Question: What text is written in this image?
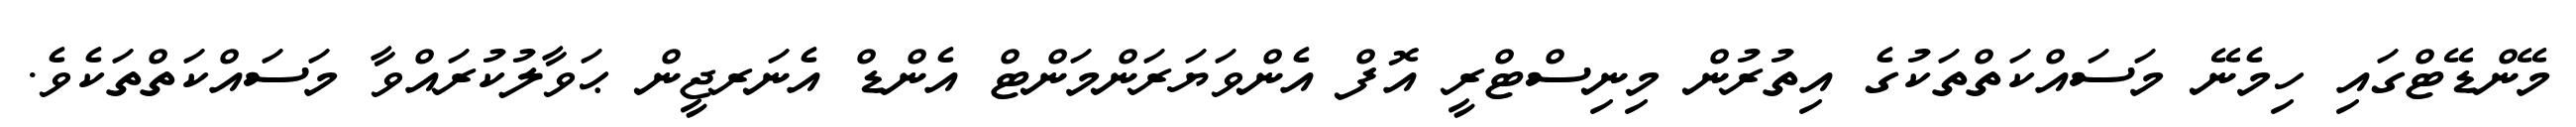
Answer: މޭންޑޭޓްގައި ހިމެނޭ މަސައްކަތްތަކުގެ އިތުރުން މިނިސްޓްރީ އޮފް އެންވަޔަރަންމަންޓް އެންޑް އެނަރޖީން ޙަވާލުކުރައްވާ މަސައްކަތްތަކެވެ.